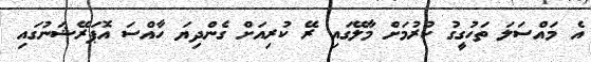
އެ މައްސަލަ ތަހުގީގު ކުރުމަށް މާލޭގައި ރޭ ކުރިއަށް ގެންދިޔަ ހާއްސަ އޮޕަރޭޝަނުގައި